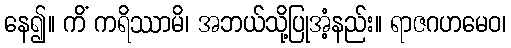
နေ၍။ ကိံ ကရိဿာမိ၊ အဘယ်သို့ပြုအံ့နည်း။ ရာဇဂဟမေဝ၊